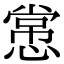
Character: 㦂